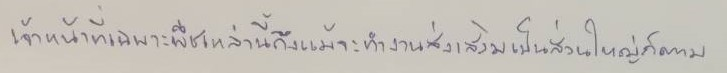
เจ้าหน้าที่เฉพาะพืชเหล่านี้ถึงแม้จะทำงานส่งเสริมเป็นส่วนใหญ่ก็ตาม